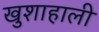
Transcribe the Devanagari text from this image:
खुशाहाली